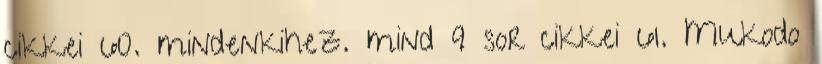
cikkei 60. mindenkihez. mind 9 sor cikkei 61. Mukodo